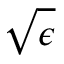
\sqrt { \epsilon }